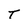
Character: T